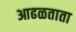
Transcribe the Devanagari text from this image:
आढळताता